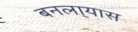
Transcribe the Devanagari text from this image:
बनला्यास